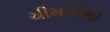
ચીમકીથી